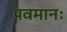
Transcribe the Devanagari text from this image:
पवमानः